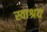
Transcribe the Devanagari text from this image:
स्वाश्रय